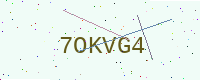
Text: 7OKVG4